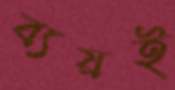
ব্যয়ই